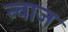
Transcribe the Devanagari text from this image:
न्वाज